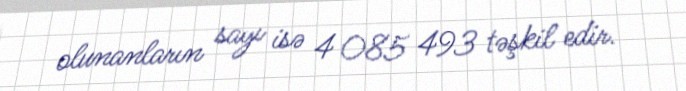
olunanların sayı isə 4 085 493 təşkil edir.